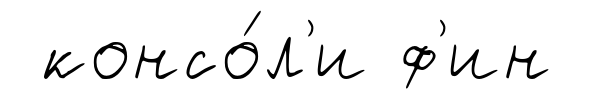
консо́л'и ф'ин